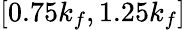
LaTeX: [0.75k_{f},1.25k_{f}]